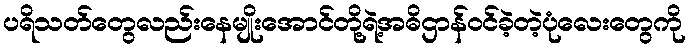
ပရိသတ်တွေလည်းနေမျိုးအောင်တို့ရဲ့အဓိဌာန်ဝင်ခဲ့တဲ့ပုံလေးတွေကို